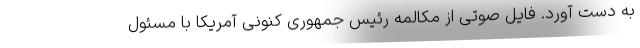
به دست آورد. فایل صوتی از مکالمه رئیس جمهوری کنونی آمریکا با مسئول